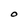
Character: O